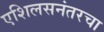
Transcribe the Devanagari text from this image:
एशिलसनंतरचा